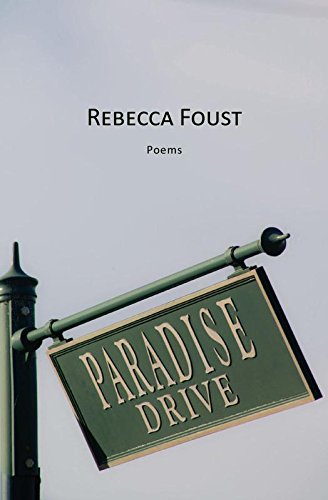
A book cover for Paradise Drive; Rebecca Foust; Literature & Fiction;